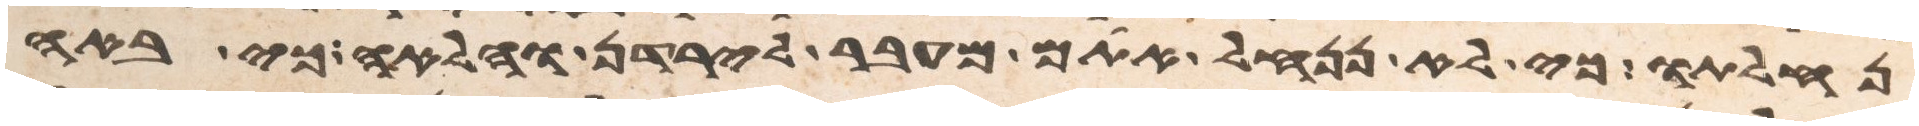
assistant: נחלתו כי לא ננחל אתם מעבר לירדן והלאה כי באה